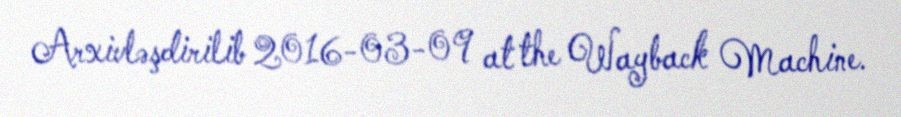
Arxivləşdirilib 2016-03-09 at the Wayback Machine.